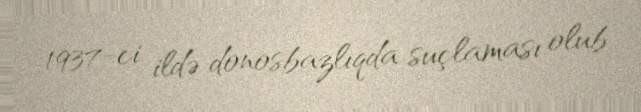
1937-ci ildə donosbazlıqda suçlaması olub.